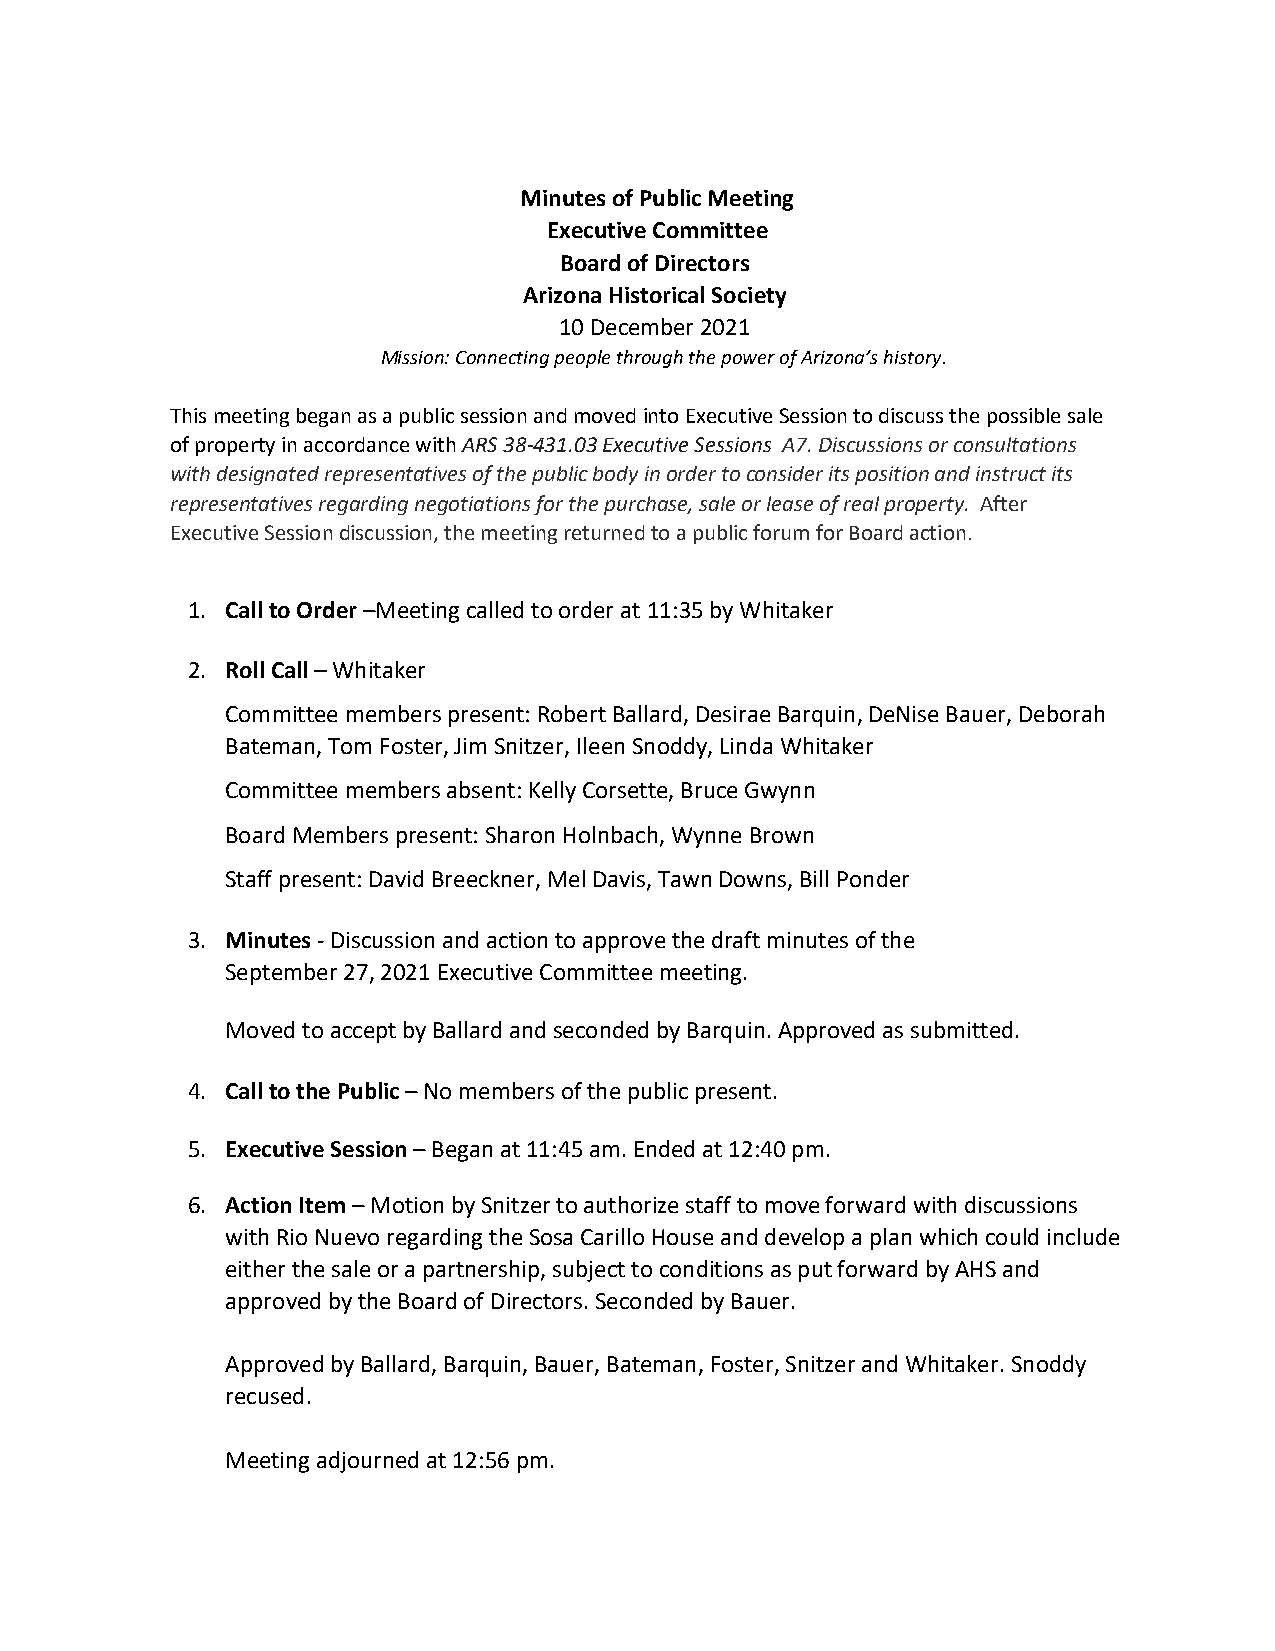
Minutes of Public Meeting
 Executive Committee
 Board of Directors
 Arizona Historical Society
 10 December 2021
 Mission: Connecting people through the power of Arizona’s history.
 This meeting began as a public session and moved into Executive Session to discuss the possible sale
 of property in accordance with ARS 38-431.03 Executive Sessions A7. Discussions or consultations
 with designated representatives of the public body in order to consider its position and instruct its
 representatives regarding negotiations for the purchase, sale or lease of real property. After
 Executive Session discussion, the meeting returned to a public forum for Board action.
 1. Call to Order –Meeting called to order at 11:35 by Whitaker
 2. Roll Call – Whitaker
 Committee members present: Robert Ballard, Desirae Barquin, DeNise Bauer, Deborah
 Bateman, Tom Foster, Jim Snitzer, Ileen Snoddy, Linda Whitaker
 Committee members absent: Kelly Corsette, Bruce Gwynn
 Board Members present: Sharon Holnbach, Wynne Brown
 Staff present: David Breeckner, Mel Davis, Tawn Downs, Bill Ponder
 3. Minutes - Discussion and action to approve the draft minutes of the
 September 27, 2021 Executive Committee meeting.
 Moved to accept by Ballard and seconded by Barquin. Approved as submitted.
 4. Call to the Public – No members of the public present.
 5. Executive Session – Began at 11:45 am. Ended at 12:40 pm.
 6. Action Item – Motion by Snitzer to authorize staff to move forward with discussions
 with Rio Nuevo regarding the Sosa Carillo House and develop a plan which could include
 either the sale or a partnership, subject to conditions as put forward by AHS and
 approved by the Board of Directors. Seconded by Bauer.
 Approved by Ballard, Barquin, Bauer, Bateman, Foster, Snitzer and Whitaker. Snoddy
 recused.
 Meeting adjourned at 12:56 pm.